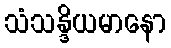
သံသန္ဒိယမာနော